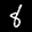
Label: 8